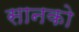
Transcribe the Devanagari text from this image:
सानको